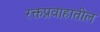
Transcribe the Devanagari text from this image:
रक्तप्रवाहातील